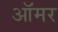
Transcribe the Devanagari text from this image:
ऑमर